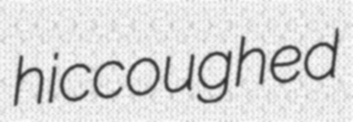
hiccoughed